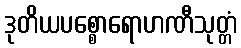
ဒုတိယပစ္စောရောဟဏီသုတ္တံ